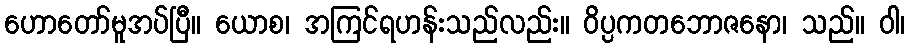
ဟောတော်မူအပ်ပြီ။ ယောစ၊ အကြင်ရဟန်းသည်လည်း။ ဝိပ္ပကတဘောဇနော၊ သည်။ ဝါ၊